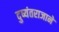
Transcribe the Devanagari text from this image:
दुष्यंतराजाने